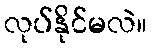
လုပ်နိုင်မလဲ။